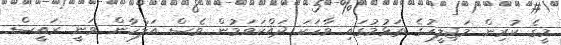
މީގެ ކުރިން މަޖިލީހުގެ ތަޅުމުގައި ވާހަކަ ދައްކަވަމުން ވެސް އަލްހާން ވަނީ ރައީސް